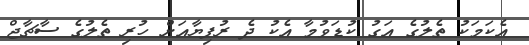
އެކަމަކު ތެލުގެ އަގު ކުޑަވުމާ އެކު ދެ ރުފިޔާއަށް ހުރި ތެލުގެ ސާޗާޖް